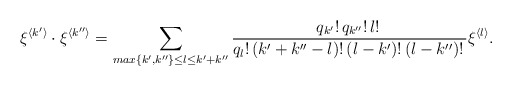
\begin{gather*}\xi^{\langle k' \rangle}\cdot \xi^{\langle k'' \rangle}=\sum_{ max\{k',k''\}\leq l\leq k'+k''}\frac{q_{k'}!\,q_{k''}!\,l!\,}{q_l!\,(k'+k''-l)!\,(l-k')!\,(l-k'')!\,}\xi^{\langle l\rangle}.\\\end{gather*}